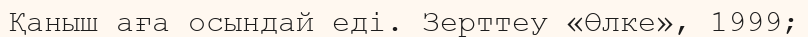
Қаныш аға осындай еді. Зерттеу «Өлке», 1999;